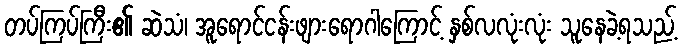
တပ်ကြပ်ကြီး၏ ဆဲသံ၊ အူရောင်ငန်းဖျားရောဂါကြောင့် နှစ်လလုံးလုံး သူနေခဲ့ရသည့်